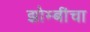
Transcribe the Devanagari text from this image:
झोम्बींचा